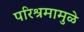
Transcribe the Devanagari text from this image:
परिश्रमामुळे